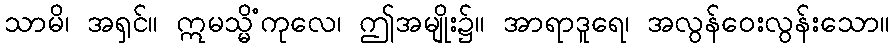
သာမိ၊ အရှင်။ ဣမသ္မိံကုလေ၊ ဤအမျိုး၌။ အာရာဒူရေ၊ အလွန်ဝေးလွန်းသော။